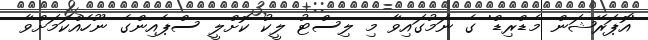
'އޮޕަރޭޝަން މެޑްރިޑް' ގެ ނަމުގައިވާ މި ލިސްޓު ލީކު ކޮށްލީ ސްޕެއިންގެ ނޫހެއްކަމަށްވާ